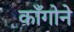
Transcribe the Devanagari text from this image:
काँगोने